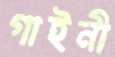
গাইনী